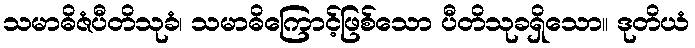
သမာဓိဇံပီတိသုခံ၊ သမာဓိကြောင့်ဖြစ်သော ပီတိသုခရှိသော။ ဒုတိယံ